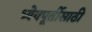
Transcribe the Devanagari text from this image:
ध्येयपूर्तीसाठी